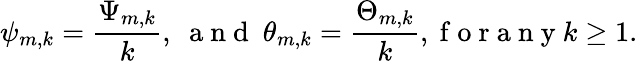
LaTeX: \psi_{m,k}=\frac{\Psi_{m,k}}{k},\ \mathrm{~a~n~d~}\ \theta_{m,k}=\frac{\Theta_{m,k}}{k},\mathrm{~f~o~r~a~n~y~}k\ge 1.